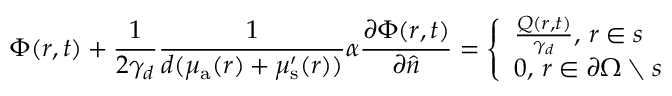
\Phi ( r , t ) + \frac { 1 } { 2 \gamma _ { d } } \frac { 1 } { d ( \mu _ { { \mathrm a } } ( r ) + \mu _ { \mathrm { s } } ^ { \prime } ( r ) ) } \alpha \frac { \partial \Phi ( r , t ) } { \partial \hat { n } } = \left\lbrace \begin{array} { l } { \frac { Q ( r , t ) } { \gamma _ { d } } , \, r \in s } \\ { 0 , \, r \in \partial \Omega \setminus s } \end{array} \right.